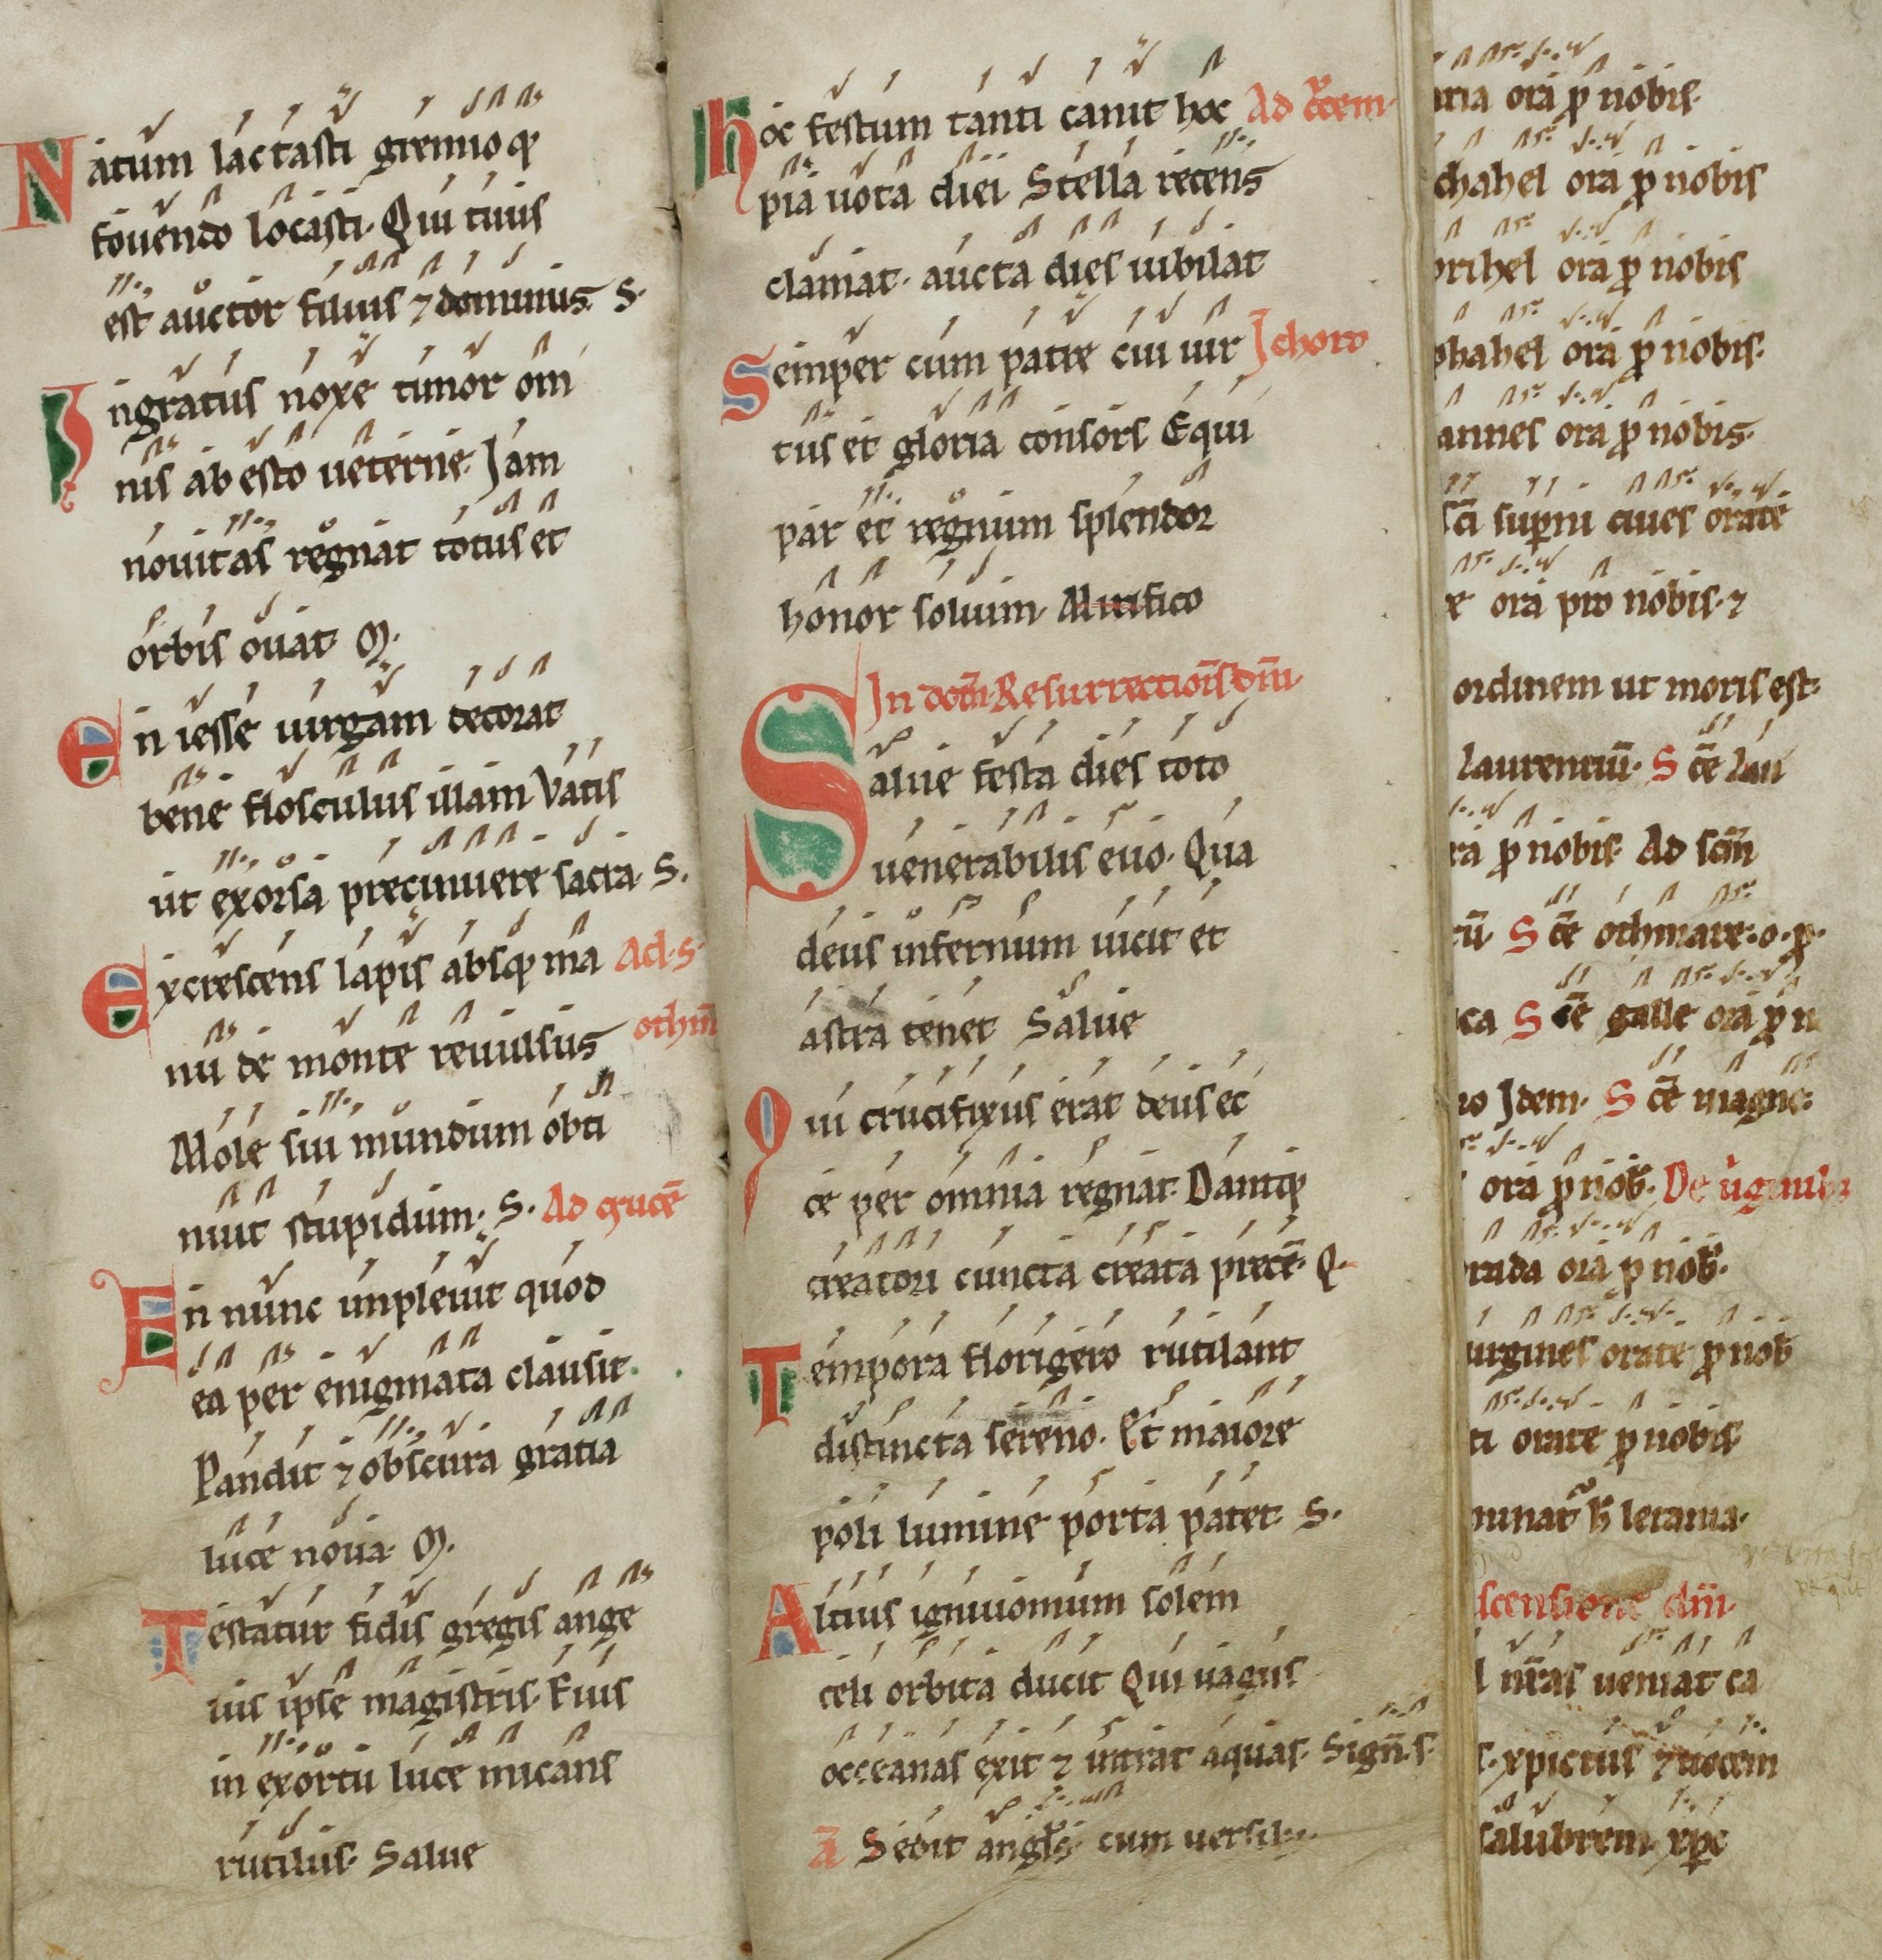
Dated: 1100–1199